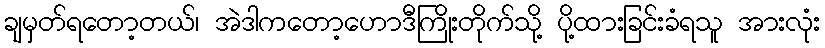
ချမှတ်ရတော့တယ်၊ အဲဒါကတော့ဟောဒီကြိုးတိုက်သို့ ပို့ထားခြင်းခံရသူ အားလုံး